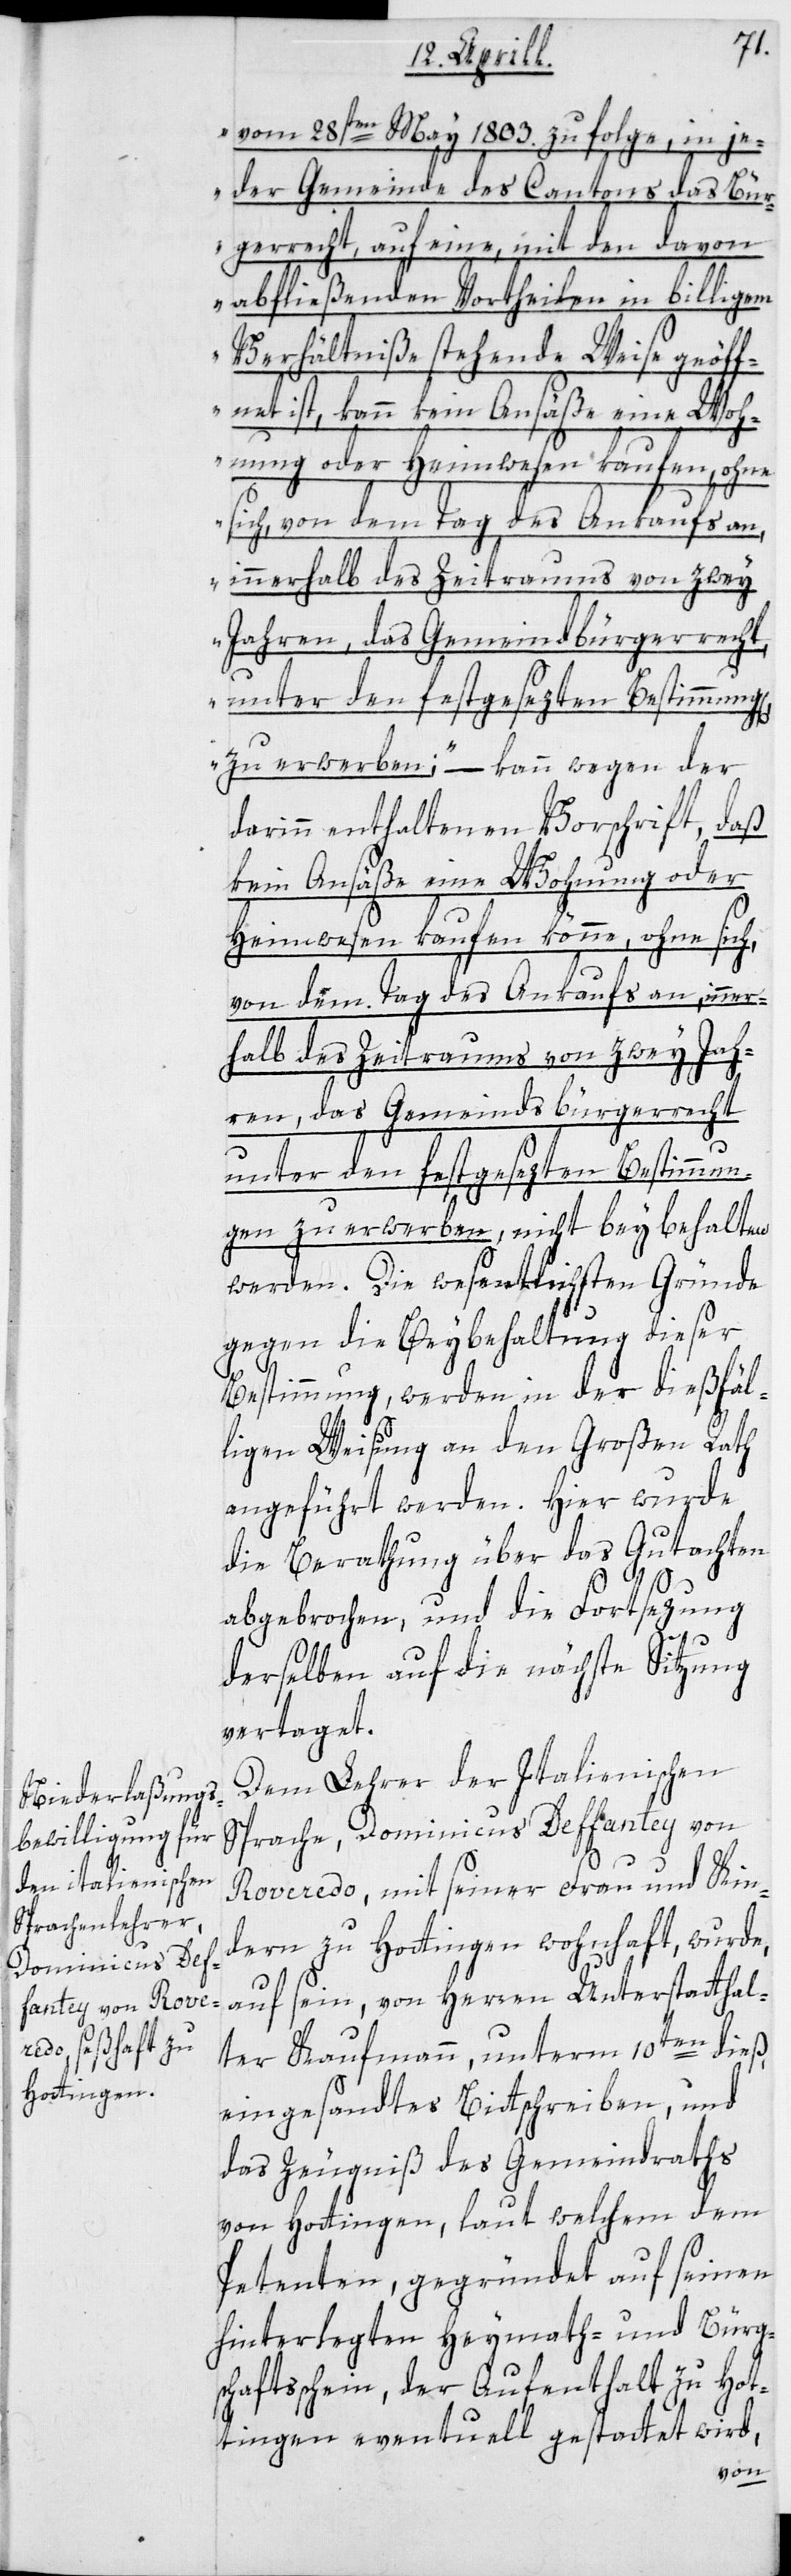
vom 28sten May 1803 zu folge, in je¬
der Gemeinde des Cantons das Bür¬
gerrecht, auf eine, mit den davon
abfließenden Vortheilen in billigem
Verhältniße stehende Weise geöff¬
net ist, kann kein Ansäße eine Woh¬
nung oder Heimwesen kaufen, ohne
sich, von dem Tag des Ankaufs an,
nerhalb des Zeitraums von zwey
Jahren das Gemeindsbürgerrecht
zu erwerben“; – kann wegen der
darinn enthaltenen Vorschrift, daß
kein Ansäße eine Wohnung oder
Heimwesen kaufen könne, ohne sich,
von dem Tag des Ankaufs an, in¬
unter den festgesezten Bestimmun¬
gen zu erwerben, nicht beybehalten
werden. Die wesentlichsten Gründe
gegen die Beybehaltung dieser
Bestimmung, werden in der dießfäl¬
ligen Weisung an den Großen Rath
angeführt werden. Hier wurde
die Berathung über das Gutachten
abgebrochen, und die Fortsezung
derselben auf die nächste Sitzung
vertaget.
Dem Lehrer der Italienischen
Sprache, Dominicus Deffantey von
Roveredo, mit seiner Frau und Kin¬
dern, zu Hottingen wohnhaft, wurde,
auf sein von Herren Unterstatthal¬
ter Kaufmann, unterm 10ten dieß,
eingesandtes Bittschreiben, und
das Zeugniß des Gemeindraths
von Hottingen, laut welchem dem
Petenten, gegründet auf seinen
hinterlegten Heymath- und Bürgs¬
chaftsschein, der Aufenthalt zu Hot¬
tingen eventuell gestattet wird,
g[en],